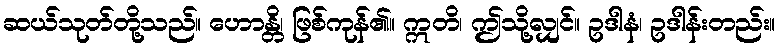
ဆယ်သုတ်တို့သည်။ ဟောန္တိ၊ ဖြစ်ကုန်၏။ ဣတိ၊ ဤသို့လျှင်။ ဥဒါနံ၊ ဥဒါန်းတည်း။